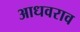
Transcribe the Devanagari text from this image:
आधवराव